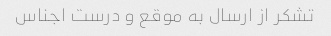
تشکر از ارسال به موقع و درست اجناس